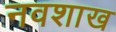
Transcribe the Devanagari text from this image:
नवशाख